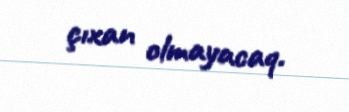
çıxan olmayacaq.